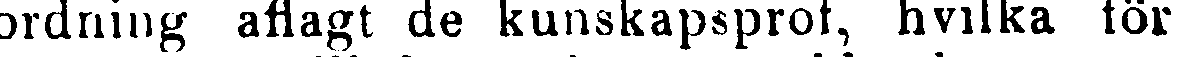
ordning aflagt de kunskapsprot, hvilka för